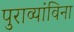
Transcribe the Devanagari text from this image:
पुराव्यांविना